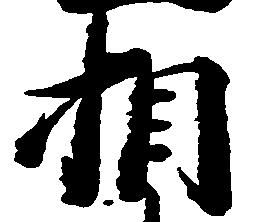
相